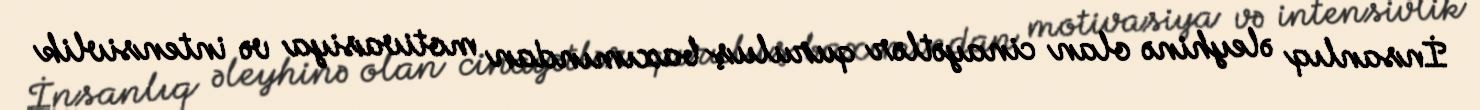
İnsanlıq əleyhinə olan cinayətlər quruluş baxımından motivasiya və intensivlik